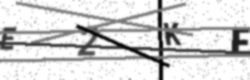
Text: E2KF